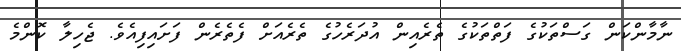
ނާމާންކަން ގަސްތަކުގެ ފަތްތަކުގެ ތެރެއިން އުދަރެހުގެ ތެރެއަށް ފެތެރެން ފަށައިފިއެވެ. ޖެހިލާ ކޮންމެ